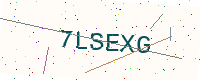
Text: 7LSEXG